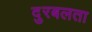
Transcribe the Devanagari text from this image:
दुरबलता